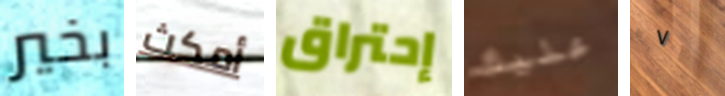
بخير أمكث إحتراق عليك ٧